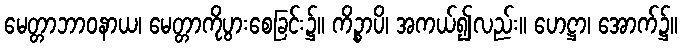
မေတ္တာဘာဝနာယ၊ မေတ္တာကိုပွားစေခြင်း၌။ ကိဉ္စာပိ၊ အကယ်၍လည်း။ ဟေဋ္ဌာ၊ အောက်၌။